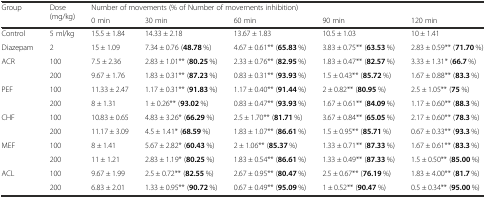
<table><thead><tr><td rowspan="2"><b>Group</b></td><td rowspan="2"><b>Dose (mg/kg)</b></td><td colspan="5"><b>Number of movements (% of Number of movements inhibition)</b></td></tr><tr><td><b>0 min</b></td><td><b>30 min</b></td><td><b>60 min</b></td><td><b>90 min</b></td><td><b>120 min</b></td></tr></thead><tbody><tr><td>Control</td><td>5 ml/kg</td><td>15.5 ± 1.84</td><td>14.33 ± 2.18</td><td>13.67 ± 1.83</td><td>10.5 ± 1.03</td><td>10 ± 1.41</td></tr><tr><td>Diazepam</td><td>2</td><td>15 ± 1.09</td><td>7.34 ± 0.76 (<b>48.78</b> %)</td><td>4.67 ± 0.61** (<b>65.83</b> %)</td><td>3.83 ± 0.75** (<b>63.53</b> %)</td><td>2.83 ± 0.59** (<b>71.70</b> %)</td></tr><tr><td rowspan="2">ACR</td><td>100</td><td>7.5 ± 2.36</td><td>2.83 ± 1.01** (<b>80.25</b> %)</td><td>2.33 ± 0.76** (<b>82.95</b> %)</td><td>1.83 ± 0.47** (<b>82.57</b> %)</td><td>3.33 ± 1.31* (<b>66.7</b> %)</td></tr><tr><td>200</td><td>9.67 ± 1.76</td><td>1.83 ± 0.31** (<b>87.23</b> %)</td><td>0.83 ± 0.31** (<b>93.93</b> %)</td><td>1.5 ± 0.43** (<b>85.72</b> %)</td><td>1.67 ± 0.88** (<b>83.3</b> %)</td></tr><tr><td rowspan="2">PEF</td><td>100</td><td>11.33 ± 2.47</td><td>1.17 ± 0.31** (<b>91.83</b> %)</td><td>1.17 ± 0.40** (<b>91.44</b> %)</td><td>2 ± 0.82** (<b>80.95</b> %)</td><td>2.5 ± 1.05** (<b>75</b> %)</td></tr><tr><td>200</td><td>8 ± 1.31</td><td>1 ± 0.26** (<b>93.02</b> %)</td><td>0.83 ± 0.47** (<b>93.93</b> %)</td><td>1.67 ± 0.61** (<b>84.09</b> %)</td><td>1.17 ± 0.60** (<b>88.3</b> %)</td></tr><tr><td rowspan="2">CHF</td><td>100</td><td>10.83 ± 0.65</td><td>4.83 ± 3.26* (<b>66.29</b> %)</td><td>2.5 ± 1.70** (<b>81.71</b> %)</td><td>3.67 ± 0.84** (<b>65.05</b> %)</td><td>2.17 ± 0.60** (<b>78.3</b> %)</td></tr><tr><td>200</td><td>11.17 ± 3.09</td><td>4.5 ± 1.41* (<b>68.59</b> %)</td><td>1.83 ± 1.07** (<b>86.61</b> %)</td><td>1.5 ± 0.95** (<b>85.71</b> %)</td><td>0.67 ± 0.33** (<b>93.3</b> %)</td></tr><tr><td rowspan="2">MEF</td><td>100</td><td>8 ± 1.41</td><td>5.67 ± 2.82* (<b>60.43</b> %)</td><td>2 ± 1.06** (<b>85.37</b> %)</td><td>1.33 ± 0.71** (<b>87.33</b> %)</td><td>1.67 ± 0.61** (<b>83.3</b> %)</td></tr><tr><td>200</td><td>11 ± 1.21</td><td>2.83 ± 1.19* (<b>80.25</b> %)</td><td>1.83 ± 0.54** (<b>86.61</b> %)</td><td>1.33 ± 0.49** (<b>87.33</b> %)</td><td>1.5 ± 0.50** (<b>85.00</b> %)</td></tr><tr><td rowspan="2">ACL</td><td>100</td><td>9.67 ± 1.99</td><td>2.5 ± 0.72** (<b>82.55</b> %)</td><td>2.67 ± 0.95** (<b>80.47</b> %)</td><td>2.5 ± 0.67** (<b>76.19</b> %)</td><td>1.83 ± 4.00** (<b>81.7</b> %)</td></tr><tr><td>200</td><td>6.83 ± 2.01</td><td>1.33 ± 0.95** (<b>90.72</b> %)</td><td>0.67 ± 0.49** (<b>95.09</b> %)</td><td>1 ± 0.52** (<b>90.47</b> %)</td><td>0.5 ± 0.34** (<b>95.00</b> %)</td></tr></tbody></table>